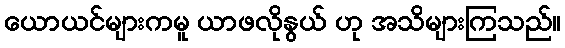
ယောယင်များကမူ ယာဖလိုနွယ် ဟု အသိများကြသည်။